Leningradi_Edasi_toimetus, lk 17
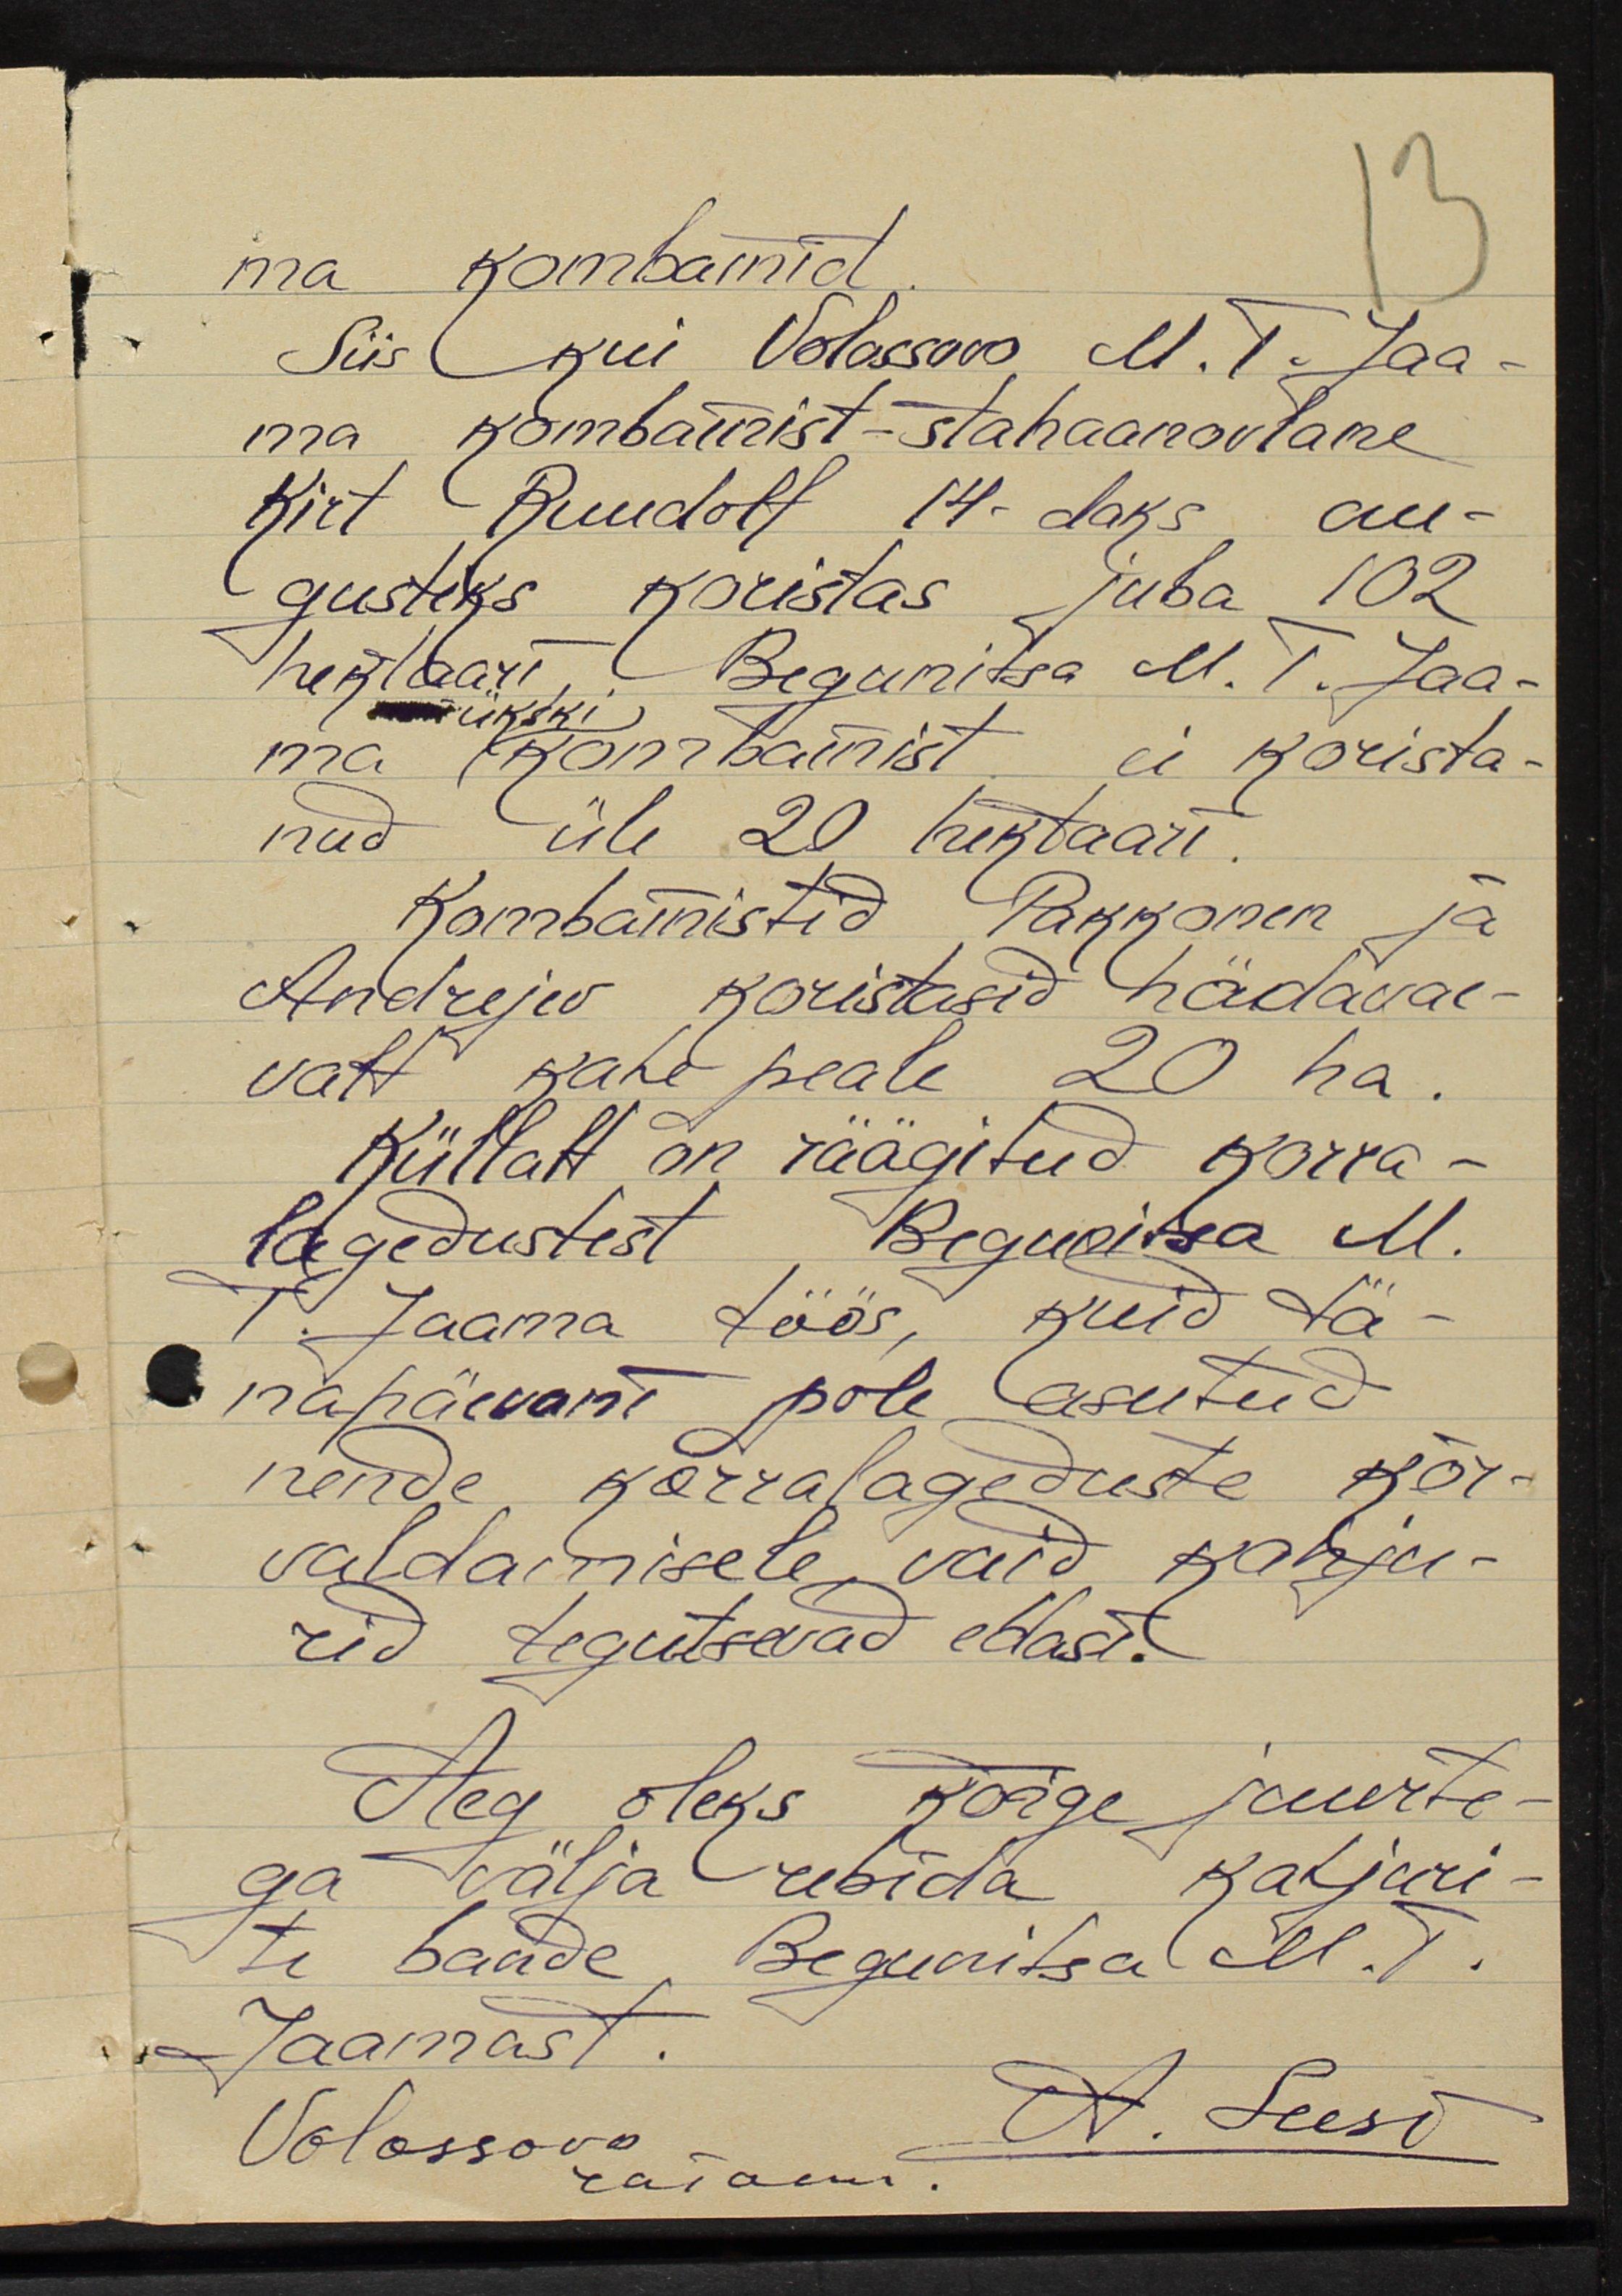
ma kombainid.
Siis kui Volossovo M. T. Jaa-
ma kombainist-stahaanovlane
Kirt Ruudolf 14-daks au-
gustiks koristas juba 102
heklaari, Begunitsa M. T. Jaa-
ükski
ma kombainist ei korista-
nud üle 20 hektaari.
Kombainistid Pakkonen ja
Andrejev koristasid hädavae-
valt kahe peale 20 ha.
Küllalt on räägitud korra-
lagedustest Beguvitsa M.
T. Jaama töös, kuid tä-
napäevani pole asutud
nende korralageduste kõr-
valdamisele vaid kahju-
rid tegutsevad edasi.
Aeg oleks kõige juurte-
ga välja rebida kahjuri-
te bande Begunitsa M. T.
Jaamast.
Volossovo
A. Seest
raionis.